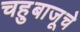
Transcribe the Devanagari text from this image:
चहुबाजूचे